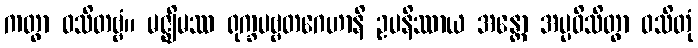
ကတွာ ဝသိတဗ္ဗံ။ မဇ္ဈိမဿ ရုက္ခပဗ္ဗတဂေဟာနိ ဥပနိဿာယ အန္တော အပ္ပဝိသိတွာ ဝသိတုံ